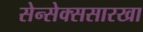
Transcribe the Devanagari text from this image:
सेन्सेक्ससारखा